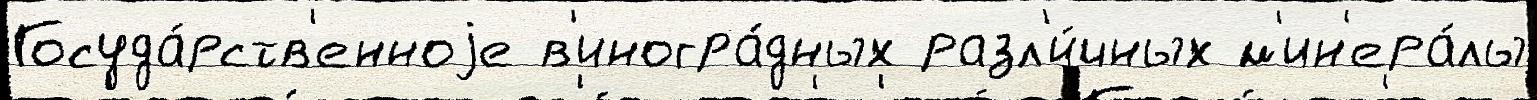
Госуда́рств'енноjе в'иногра́дных разл'и́чных м'ин'ера́лы